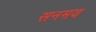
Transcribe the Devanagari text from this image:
सनमय